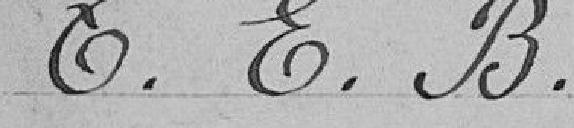
T.E.B.